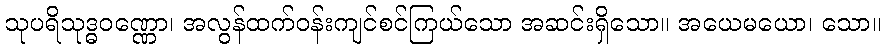
သုပရိသုဒ္ဓဝဏ္ဏော၊ အလွန်ထက်ဝန်းကျင်စင်ကြယ်သော အဆင်းရှိသော။ အယေမယော၊ သော။